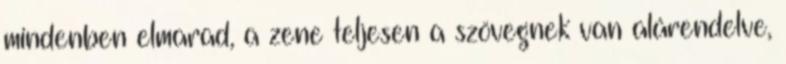
mindenben elmarad, a zene teljesen a szövegnek van alárendelve,